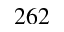
2 6 2